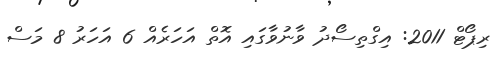
ރިޕޯޓް 2011: އިގްތިސޯދު ވާނުވާގައި އޮތް އަހަރެއް 6 އަހަރު 8 މަސް